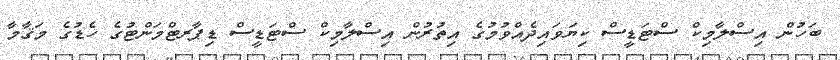
ބަހުން އިސްލާމިކް ސްޓަޑީސް ކިޔަވައިދެއްވުމުގެ އިތުރުން އިސްލާމިކް ސްޓަޑީސް ޑިޕާރޓްމަންޓުގެ ހެޑުގެ މަޤާމާ